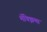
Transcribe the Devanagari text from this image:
मॅक्झिमा